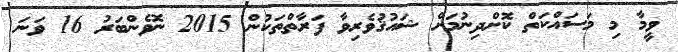
ވީމާ މި މަސައްކަތް ކޮށްދިނުމަށް ޝައުޤުވެރިވާ ފަރާތްތަކުން 2015 ނޮވެންބަރު 16 ވަނަ